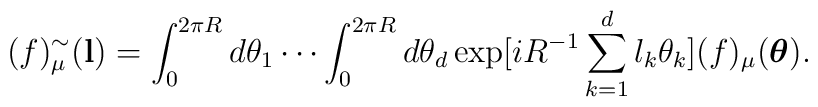
(f)_{\mu }^{\sim }({\bf l}) =\int_{0}^{2\pi R} d\theta_{1} \cdots \int_{0}^{2\pi R} d\theta_{d} \exp \bigl[ iR^{- 1} \sum_{k = 1}^{d} l_{k} \theta_{k}  \bigr] (f)_{\mu }(\mbox{\boldmath{$\theta$}}).